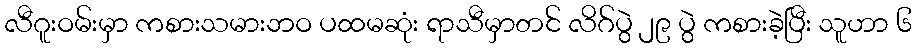
လီဂူးဝမ်းမှာ ကစားသမားဘဝ ပထမဆုံး ရာသီမှာတင် လိဂ်ပွဲ ၂၉ ပွဲ ကစားခဲ့ပြီး သူဟာ ၆